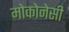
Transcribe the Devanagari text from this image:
मोकोनेसी